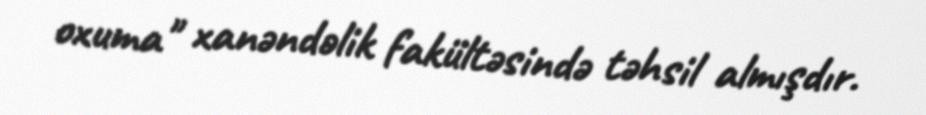
oxuma" xanəndəlik fakültəsində təhsil almışdır.